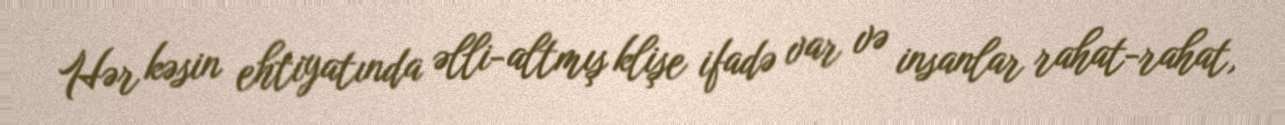
Hər kəsin ehtiyatında əlli-altmış klişe ifadə var və insanlar rahat-rahat,